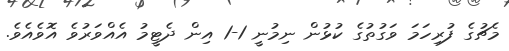
މެޗުގެ ފުރިހަމަ ވަގުތުގެ ކުޅުން ނިމުނީ 1-1 އިން ދެޓީމު އެއްވަރުވެ އޮވެއެވެ.